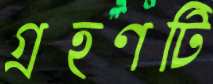
গ্রহণটি